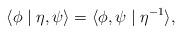
LaTeX: \begin{align*} \langle \phi \mid \eta, \psi \rangle = \langle \phi , \psi \mid \eta^{-1} \rangle,\end{align*}